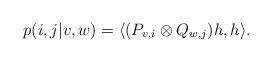
LaTeX: \begin{align*}p(i,j|v,w) = \langle (P_{v,i}\otimes Q_{w,j})h,h \rangle.\end{align*}